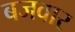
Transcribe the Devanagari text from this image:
बजवार